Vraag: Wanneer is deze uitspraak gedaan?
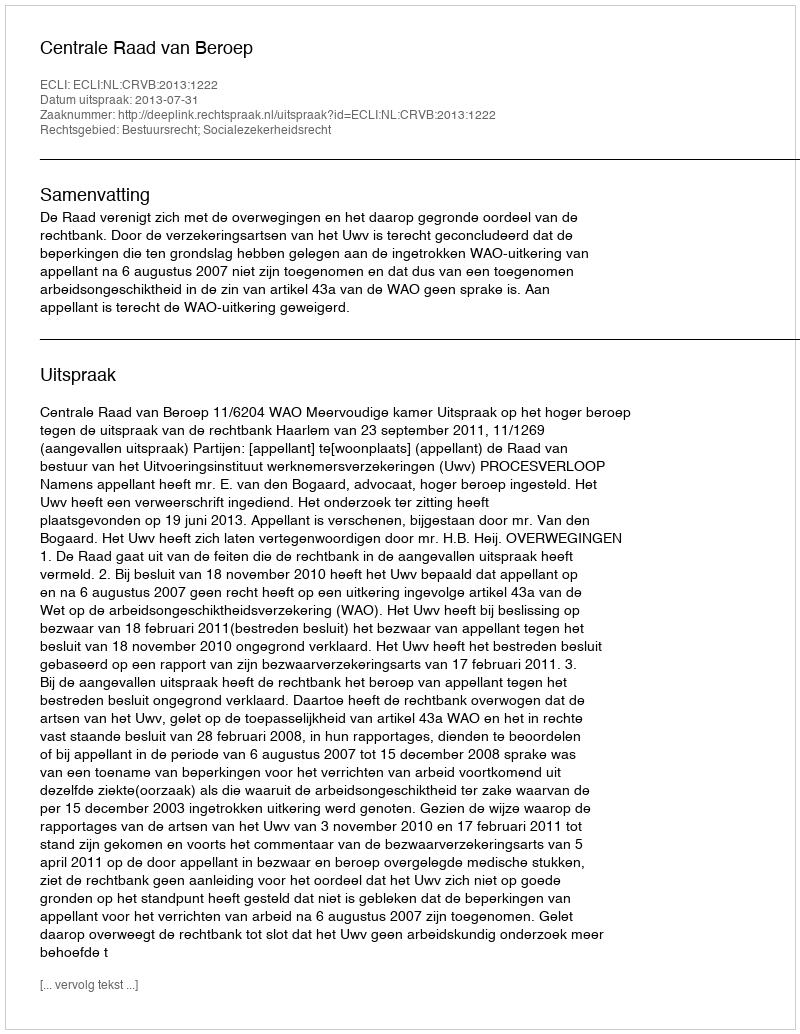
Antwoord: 2013-07-31